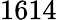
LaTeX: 1614